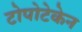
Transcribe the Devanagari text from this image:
टोपोटेकेन